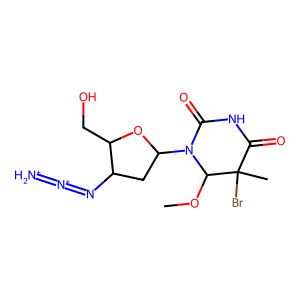
SMILES: COC1N(C2CC(N=[N+]=[NH2+])C(CO)O2)C(=O)NC(=O)C1(C)Br
Inhibits HIV replication: Yes